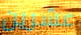
عشرين